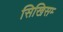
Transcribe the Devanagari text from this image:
सिखिसम्‍